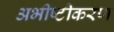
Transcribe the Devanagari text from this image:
अभीष्टीकरण